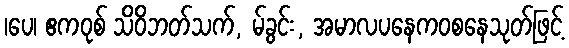
၊ပေ၊ ဧကဝုစ် သိဝိဘတ်သက်, မ်ခွင်း, အမာလပနေကဝစနေသုတ်ဖြင့်